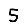
Digit: 5